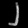
Digit: ၂